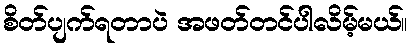
စိတ်ပျက်ရတာပဲ အဖတ်တင်ပါလိမ့်မယ်။